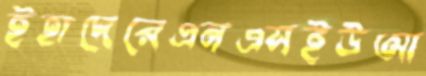
ইহাদেরেএনএসইউআ